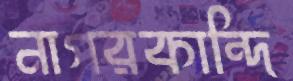
নাগরকান্দি